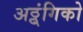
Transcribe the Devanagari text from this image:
अठ्ठ्ंगिको